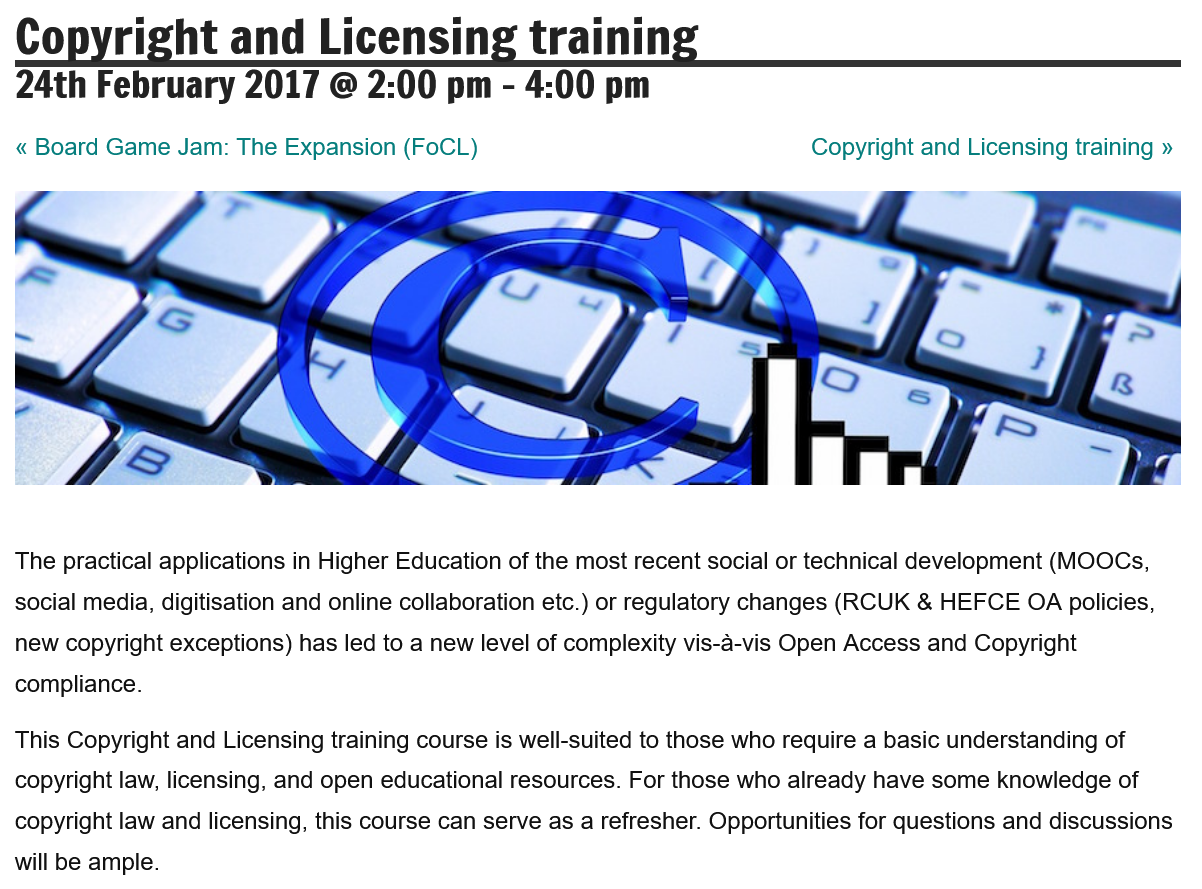
24th   February    2017   @  2:00  pm
     -
     4:00  pm
  Copyright    and    Licensing    training
  « Board Game Jam: The Expansion (FoCL)    Copyright and Licensing training »
  This Copyright and Licensing training course is well-suited to those who require a basic understanding of
  copyright law, licensing, and open educational resources. For those who already have some knowledge of
  copyright law and licensing, this course can serve as a refresher. Opportunities for questions and discussions
  will be ample.
  The practical applications in Higher Education of the most recent social or technical development (MOOCs,
  social media, digitisation and online collaboration etc.) or regulatory changes (RCUK & HEFCE OA policies,
  new copyright exceptions) has led to a new level of complexity vis-a-vis Open Access and Copyright
  compliance.